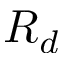
R _ { d }